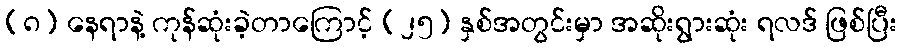
(၈) နေရာနဲ့ ကုန်ဆုံးခဲ့တာကြောင့် (၂၅) နှစ်အတွင်းမှာ အဆိုးရွားဆုံး ရလဒ် ဖြစ်ပြီး